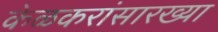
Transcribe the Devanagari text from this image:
केळकरांसारख्या